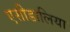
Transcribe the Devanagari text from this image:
एसीडालिया